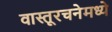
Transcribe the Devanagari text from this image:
वास्तूरचनेमध्ये